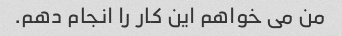
من می خواهم این کار را انجام دهم.